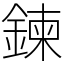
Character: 鍊